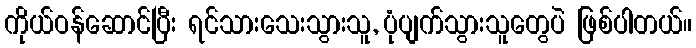
ကိုယ်ဝန်ဆောင်ပြီး ရင်သားသေးသွားသူ, ပုံပျက်သွားသူတွေပဲ ဖြစ်ပါတယ်။